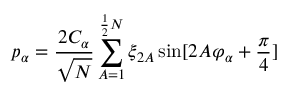
p _ { \alpha } = \frac { 2 C _ { \alpha } } { \sqrt { N } } \sum _ { A = 1 } ^ { \frac { 1 } { 2 } N } \xi _ { 2 A } \sin [ 2 A \varphi _ { \alpha } + \frac { \pi } { 4 } ]